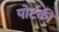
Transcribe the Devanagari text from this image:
पोर्टकी